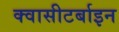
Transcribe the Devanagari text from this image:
क्वासीटर्बाइन